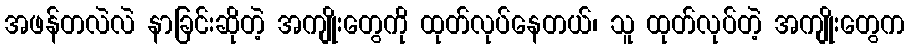
အဖန်တလဲလဲ နာခြင်းဆိုတဲ့ အကျိုးတွေကို ထုတ်လုပ်နေတယ်၊ သူ ထုတ်လုပ်တဲ့ အကျိုးတွေက